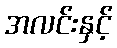
အလင်းနှင့်